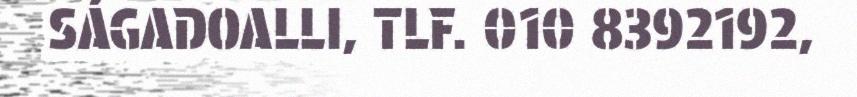
SÁGADOALLI, TLF. 010 8392192,